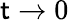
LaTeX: \mathsf{t}\rightarrow0